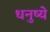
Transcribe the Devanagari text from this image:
धनुष्ये